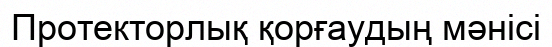
Протекторлық қорғаудың мәнісі